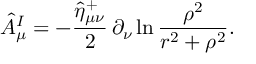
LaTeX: \hat { A } _ { \mu } ^ { I } = - \frac { \hat { \eta } _ { \mu \nu } ^ { + } } 2 \, \partial _ { \nu } \ln \frac { \rho ^ { 2 } } { r ^ { 2 } + \rho ^ { 2 } } .